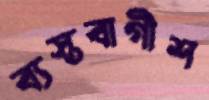
ব্যস্তবাগীশ